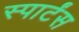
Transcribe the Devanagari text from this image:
स्पार्टंस